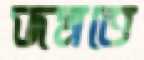
জমতে